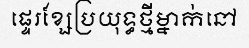
ផ្ទេរខ្សែប្រយុទ្ធថ្មីម្នាក់នៅ